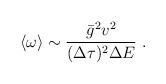
LaTeX: \begin{align*}\langle \omega \rangle \sim \frac{\bar{g}^2 v^2}{(\Delta\tau)^2 \Delta E} \; .\end{align*}